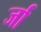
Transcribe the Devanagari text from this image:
र्जा